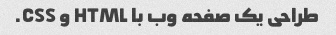
طراحی یک صفحه وب با HTML و CSS.